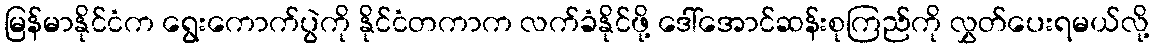
မြန်မာနိုင်ငံက ရွေးကောက်ပွဲကို နိုင်ငံတကာက လက်ခံနိုင်ဖို့ ဒေါ်အောင်ဆန်းစုကြည်ကို လွှတ်ပေးရမယ်လို့